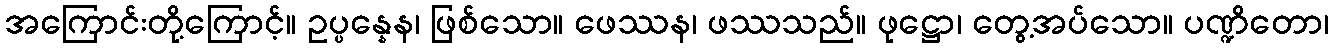
အကြောင်းတို့ကြောင့်။ ဥပ္ပန္နေန၊ ဖြစ်သော။ ဖေဿန၊ ဖဿသည်။ ဖုဋ္ဌော၊ တွေ့အပ်သော။ ပဏ္ဍိတော၊